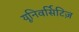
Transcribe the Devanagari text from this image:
यूनिवर्सिटिज़